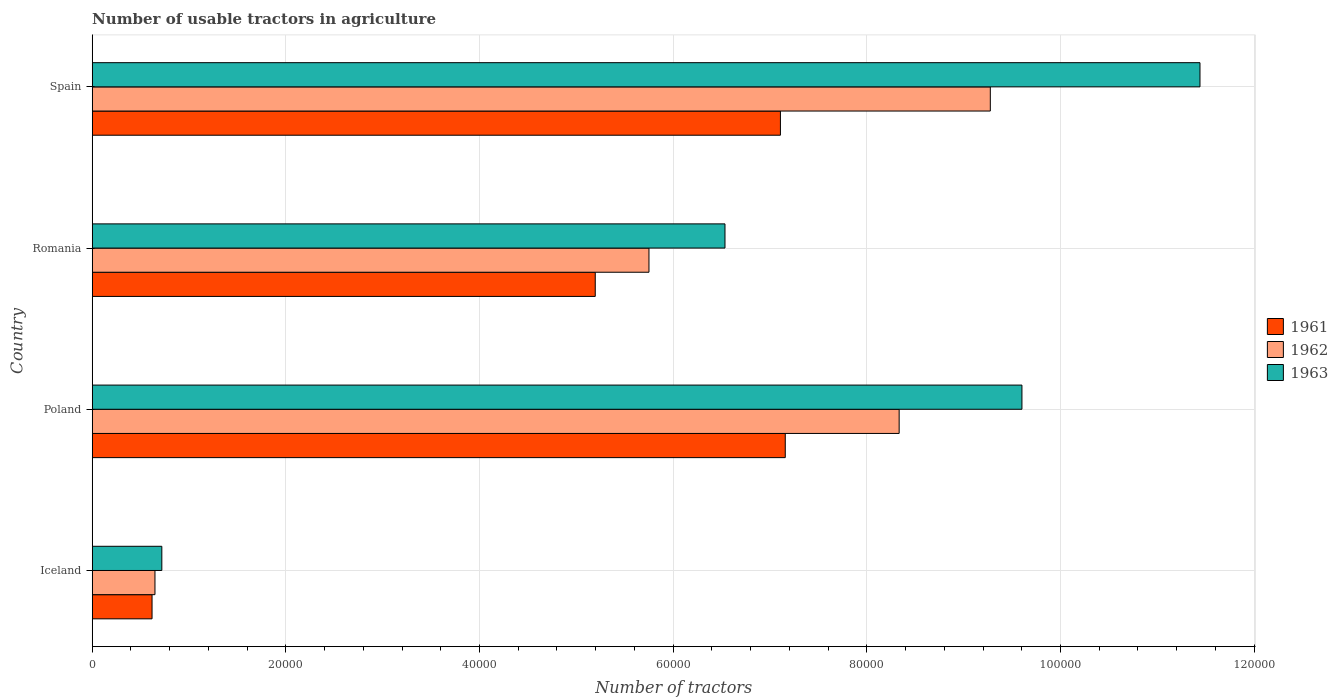
| Country | 1961 | 1962 | 1963 |
 | --- | --- | --- | --- |
 | Iceland | 6.18e+03 | 6.48e+03 | 7.19e+03 |
 | Poland | 7.16e+04 | 8.33e+04 | 9.6e+04 |
 | Romania | 5.2e+04 | 5.75e+04 | 6.54e+04 |
 | Spain | 7.11e+04 | 9.28e+04 | 1.14e+05 |